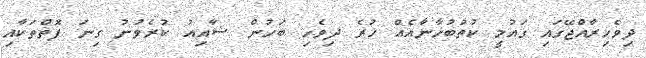
ދިވެހިރާއްޖޭގައި ގައުމީ ކުތުބުޚާނާއެއް ހުރެ ދިވެހި ބަހުން ޝާއިއު ކުރެވުނު ގިނަ ފޮތްތަކާއި